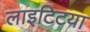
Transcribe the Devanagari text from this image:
लाइटिटया